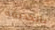
بالحديقة